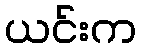
ယင်းက